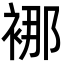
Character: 𮖍